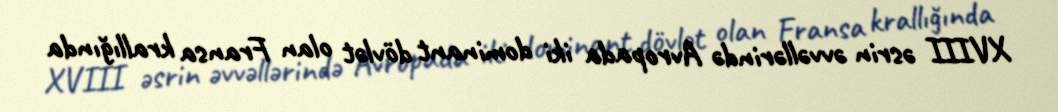
XVIII əsrin əvvəllərində Avropada iki dominant dövlət olan Fransa krallığında